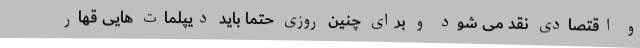
و اقتصادی نقد می شود و برای چنین روزی حتما باید دیپلمات هایی قهار